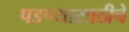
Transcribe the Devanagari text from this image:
पडण्यासाठीचे